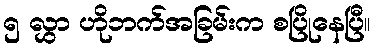
၅ လွှာ ဟိုဘက်အခြမ်းက စပြိုနေပြီ။